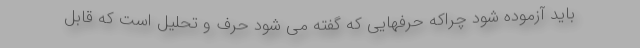
باید آزموده شود چراکه حرفهایی که گفته می شود حرف و تحلیل است که قابل